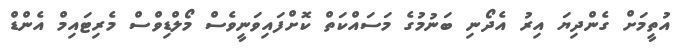
އުތީމަށް ގެންދިޔަ އިރު އެދޯނި ބަނުމުގެ މަސައްކަތް ކޮށްފައިވަނީވެސް މޯލްޑިވްސް މެރިޓައިމް އެންޑް